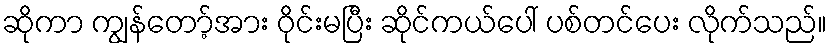
ဆိုကာ ကျွန်တော့်အား ဝိုင်းမပြီး ဆိုင်ကယ်ပေါ် ပစ်တင်ပေး လိုက်သည်။